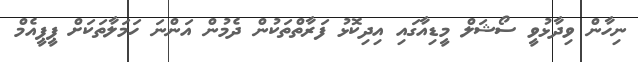
ނިހާން ވިދާޅުވީ ސޯޝަލް މީޑިއާގައި އިދިކޮޅު ފަރާތްތަކުން ދެމުން އަންނަ ހަމަލާތަކަށް ޕީޕީއެމް